Indian journal of veterinary science and animal husbandry - Volumes 24-25, 1954-1955
Year: 1954
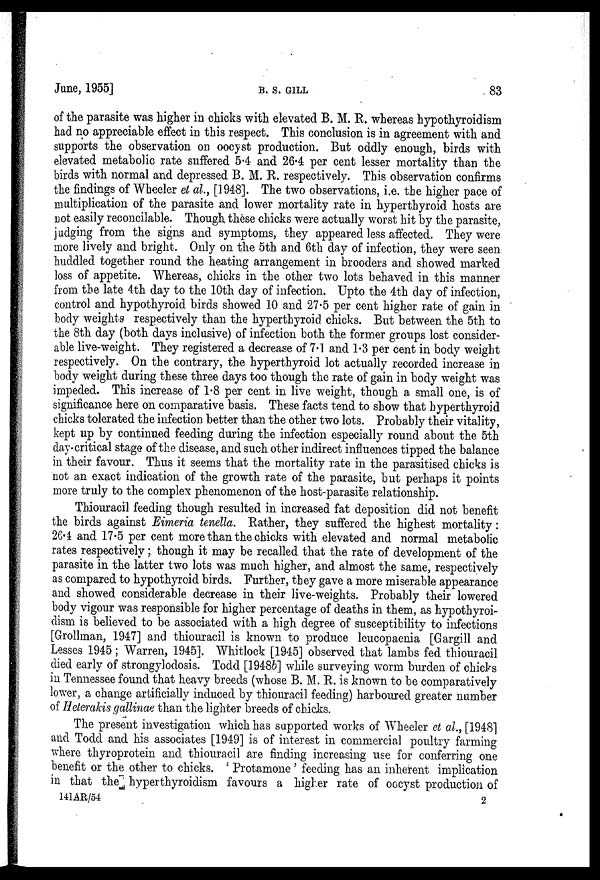
June, 1955]
B.
S.
GILL
83
of the parasite was higher in chicks with elevated B. M. R. whereas hypothyroidism
had no appreciable effect in this respect. This conclusion is in agreement with and
supports the observation on oocyst production. But oddly enough, birds with
elevated metabolic rate suffered 5.4 and 26.4 per cent lesser mortality than the
birds with normal and depressed B. M. R. respectively. This observation confirms
the findings of Wheeler et al., [1948]. The two observations, i.e. the higher pace of
multiplication of the parasite and lower mortality rate in hyperthyroid hosts are
not easily reconcilable. Though these chicks were actually worst hit by the parasite,
judging from the signs and symptoms, they appeared less affected. They were
more lively and bright. Only on the 5th and 6th day of infection, they were seen
huddled together round the heating arrangement in brooders and showed marked
loss of appetite. Whereas, chicks in the other two lots behaved in this manner
from the late 4th day to the 10th day of infection. Upto the 4th day of infection,
control and hypothyroid birds showed 10 and 27.5 per cent higher rate of gain in
body weights respectively than the hyperthyroid chicks. But between the 5th to
the 8th day (both days inclusive) of infection both the former groups lost consider-
able live-weight. They registered a decrease of 7.1 and 1.3 per cent in body weight
respectively. On the contrary, the hyperthyroid lot actually recorded increase in
body weight during these three days too though the rate of gain in body weight was
impeded. This increase of 1.8 per cent in live weight, though a small one, is of
significance here on comparative basis. These facts tend to show that hyperthyroid
chicks tolerated the infection better than the other two lots. Probably their vitality,
kept up by continued feeding during the infection especially round about the 5th
day-critical stage of the disease, and such other indirect influences tipped the balance
in their favour. Thus it seems that the mortality rate in the parasitised chicks is
not an exact indication of the growth rate of the parasite, but perhaps it points
more truly to the complex phenomenon of the host-parasite relationship.
Thiouracil feeding though resulted in increased fat deposition did not benefit
the birds against Eimeria tenella. Rather, they suffered the highest mortality:
26.4 and 17.5 per cent more than the chicks with elevated and normal metabolic
rates respectively; though it may be recalled that the rate of development of the
parasite in the latter two lots was much higher, and almost the same, respectively
as compared to hypothyroid birds. Further, they gave a more miserable appearance
and showed considerable decrease in their live-weights. Probably their lowered
body vigour was responsible for higher percentage of deaths in them, as hypothyroi-
dism is believed to be associated with a high degree of susceptibility to infections
[Grollman, 1947] and thiouracil is known to produce leucopaenia [Gargill and
Lesses 1945; Warren, 1945]. Whitlock [1945] observed that lambs fed thiouracil
died early of strongylodosis. Todd [1948b] while surveying worm burden of chicks
in Tennessee found that heavy breeds (whose B. M. R. is known to be comparatively
lower, a change artificially induced by thiouracil feeding) harboured greater number
of Heterakis gallinae than the lighter breeds of chicks.
The present investigation which has supported works of Wheeler et al., [1948]
and Todd and his associates [1949] is of interest in commercial poultry farming
where thyroprotein and thiouracil are finding increasing use for conferring one
benefit or the other to chicks. ' Protamone ' feeding has an inherent implication
in that the hyperthyroidism favours a higher rate of oocyst production of
141 AR/54
2